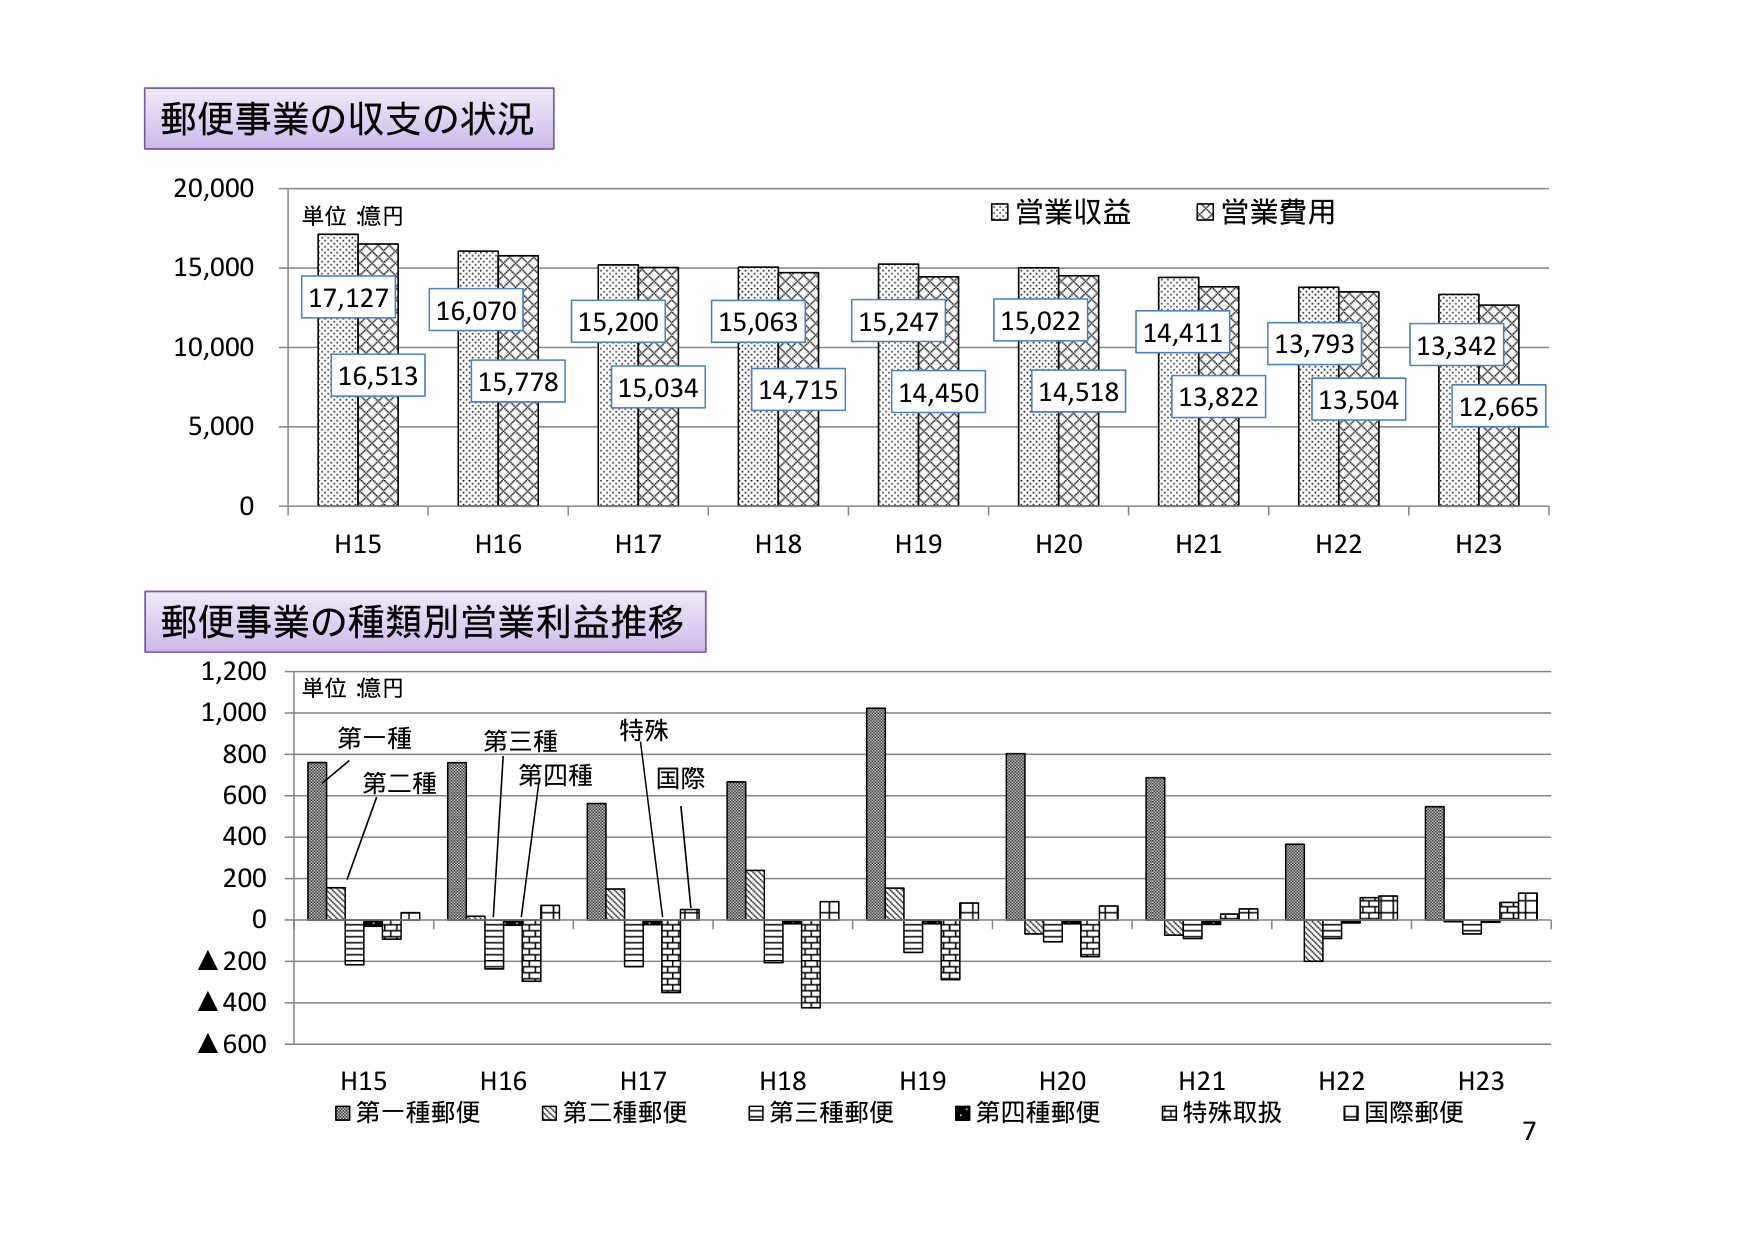
郵便事業の収支の状況
単位：億円
□ 営業収益
□ 営業費用
17,127
16,513
16,070
15,778
15,200
15,034
15,063
14,715
15,247
14,450
15,022
14,518
14,411
13,822
13,793
13,504
13,342
12,665
H15 H16 H17 H18 H19 H20 H21 H22 H23
郵便事業の種類別営業利益推移
単位：億円
第一種
第二種
第三種
第四種
特殊
国際
▲200
▲400
▲600
H15 H16 H17 H18 H19 H20 H21 H22 H23
■ 第一種郵便
□ 第二種郵便
□ 第三種郵便
■ 第四種郵便
□ 特殊取扱
□ 国際郵便
7